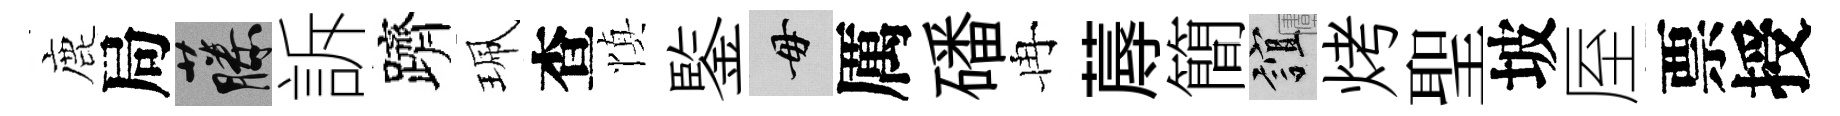
鹿局藤訴躋珮查慎鍳毋厲磻冉蓐簡誼烤聖坡厔票授